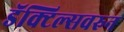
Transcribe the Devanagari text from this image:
डॅक्टिल्सवरुन